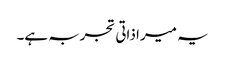
یہ میرا ذاتی تجربہ ہے۔